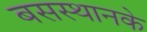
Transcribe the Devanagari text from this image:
बसस्थानके